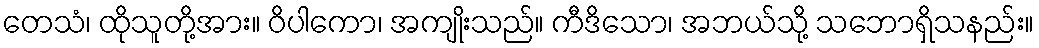
တေသံ၊ ထိုသူတို့အား။ ဝိပါကော၊ အကျိုးသည်။ ကီဒိသော၊ အဘယ်သို့ သဘောရှိသနည်း။